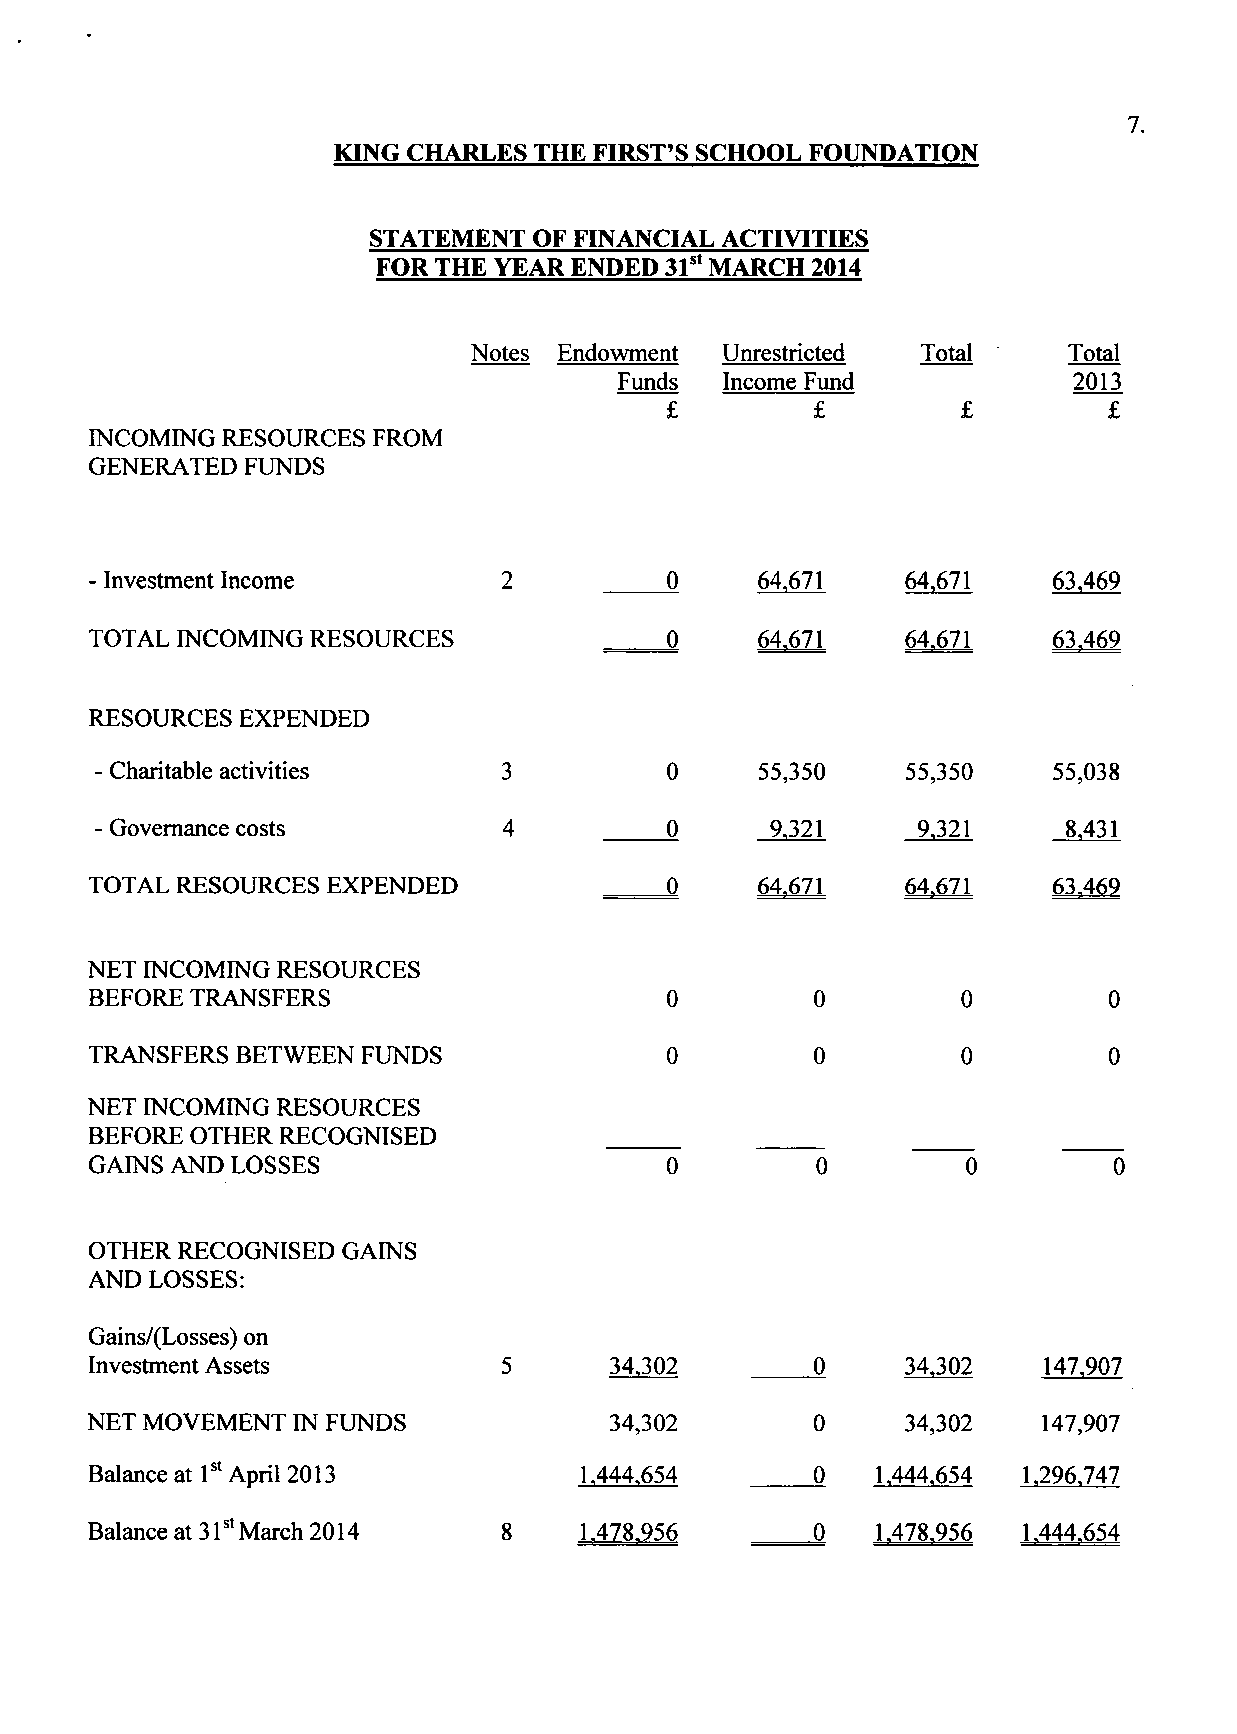
7.
 KING CHARLES THE FIRST'S SCHOOL FOUNDATION
 STATEMENT  OF FINANCIAL ACTIVITIES
 FOR THE YEAR ENDED 31st MARCH 2014
 Notes Endowment  Unrestricted Total     Total
 Funds  Income Fund            2013
 INCOMING RESOURCES FROM
 GENERATED FUNDS
 - Investment Income        2          0     64,671    64,671    63.469
 TOTAL INCOMING RESOURCES              0     64,671    64,671    63.469
 RESOURCES EXPENDED
 - Charitable activities    3          0     55,350    55,350    55,038
 - Governance costs         4          0      9,321     9,321     8,431
 TOTAL RESOURCES EXPENDED              0     64.671    64.671    63.469
 NET INCOMING RESOURCES
 BEFORE TRANSFERS                      0         0         0        0
 TRANSFERS BETWEEN FUNDS               0         0         0        0
 NET INCOMING RESOURCES
 BEFORE OTHER RECOGNISED
 GAINS AND LOSSES                      0         0         0         0
 OTHER RECOGNISED GAINS
 AND LOSSES:
 Gains/(Losses) on
 Investment Assets          5      34,302        0     34,302   147.907
 NET MOVEMENT IN FUNDS             34,302        0     34,302   147,907
 Balance at 1st April 2013       1.444,654       0   1,444,654 1,296.747
 Balance at 31st March 2014 8    1.478.956       0   1.478.956 1.444.654